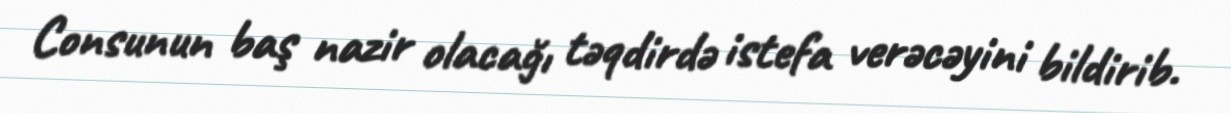
Consunun baş nazir olacağı təqdirdə istefa verəcəyini bildirib.